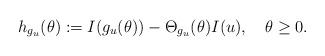
LaTeX: \begin{align*}h_{g_{u}}(\theta):=I(g_{u}(\theta))-\Theta_{g_{u}}(\theta)I(u),\ \ \ \theta\ge 0.\end{align*}